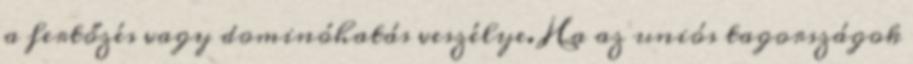
a fertőzés vagy dominóhatás veszélye. Ha az uniós tagországok